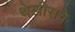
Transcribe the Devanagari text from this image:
थेलीसचे